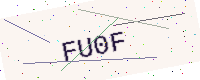
Text: FU0F